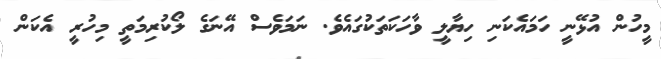
މީހުން އުޅޭނީ ހަަަމައެކަނި ހިޔާލީ ވާހަކަތަކުގައެވެ. ނަމަވެސް އޭނަގެ ލޯކުރިމަތީ މިހުރީ އެކަން